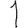
Digit: 1